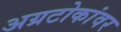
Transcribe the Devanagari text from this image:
अग्रटोकांवर